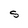
Character: S